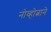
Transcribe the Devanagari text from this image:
नोव्होत्नाने